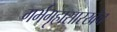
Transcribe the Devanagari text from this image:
गर्भगृहासारखेच